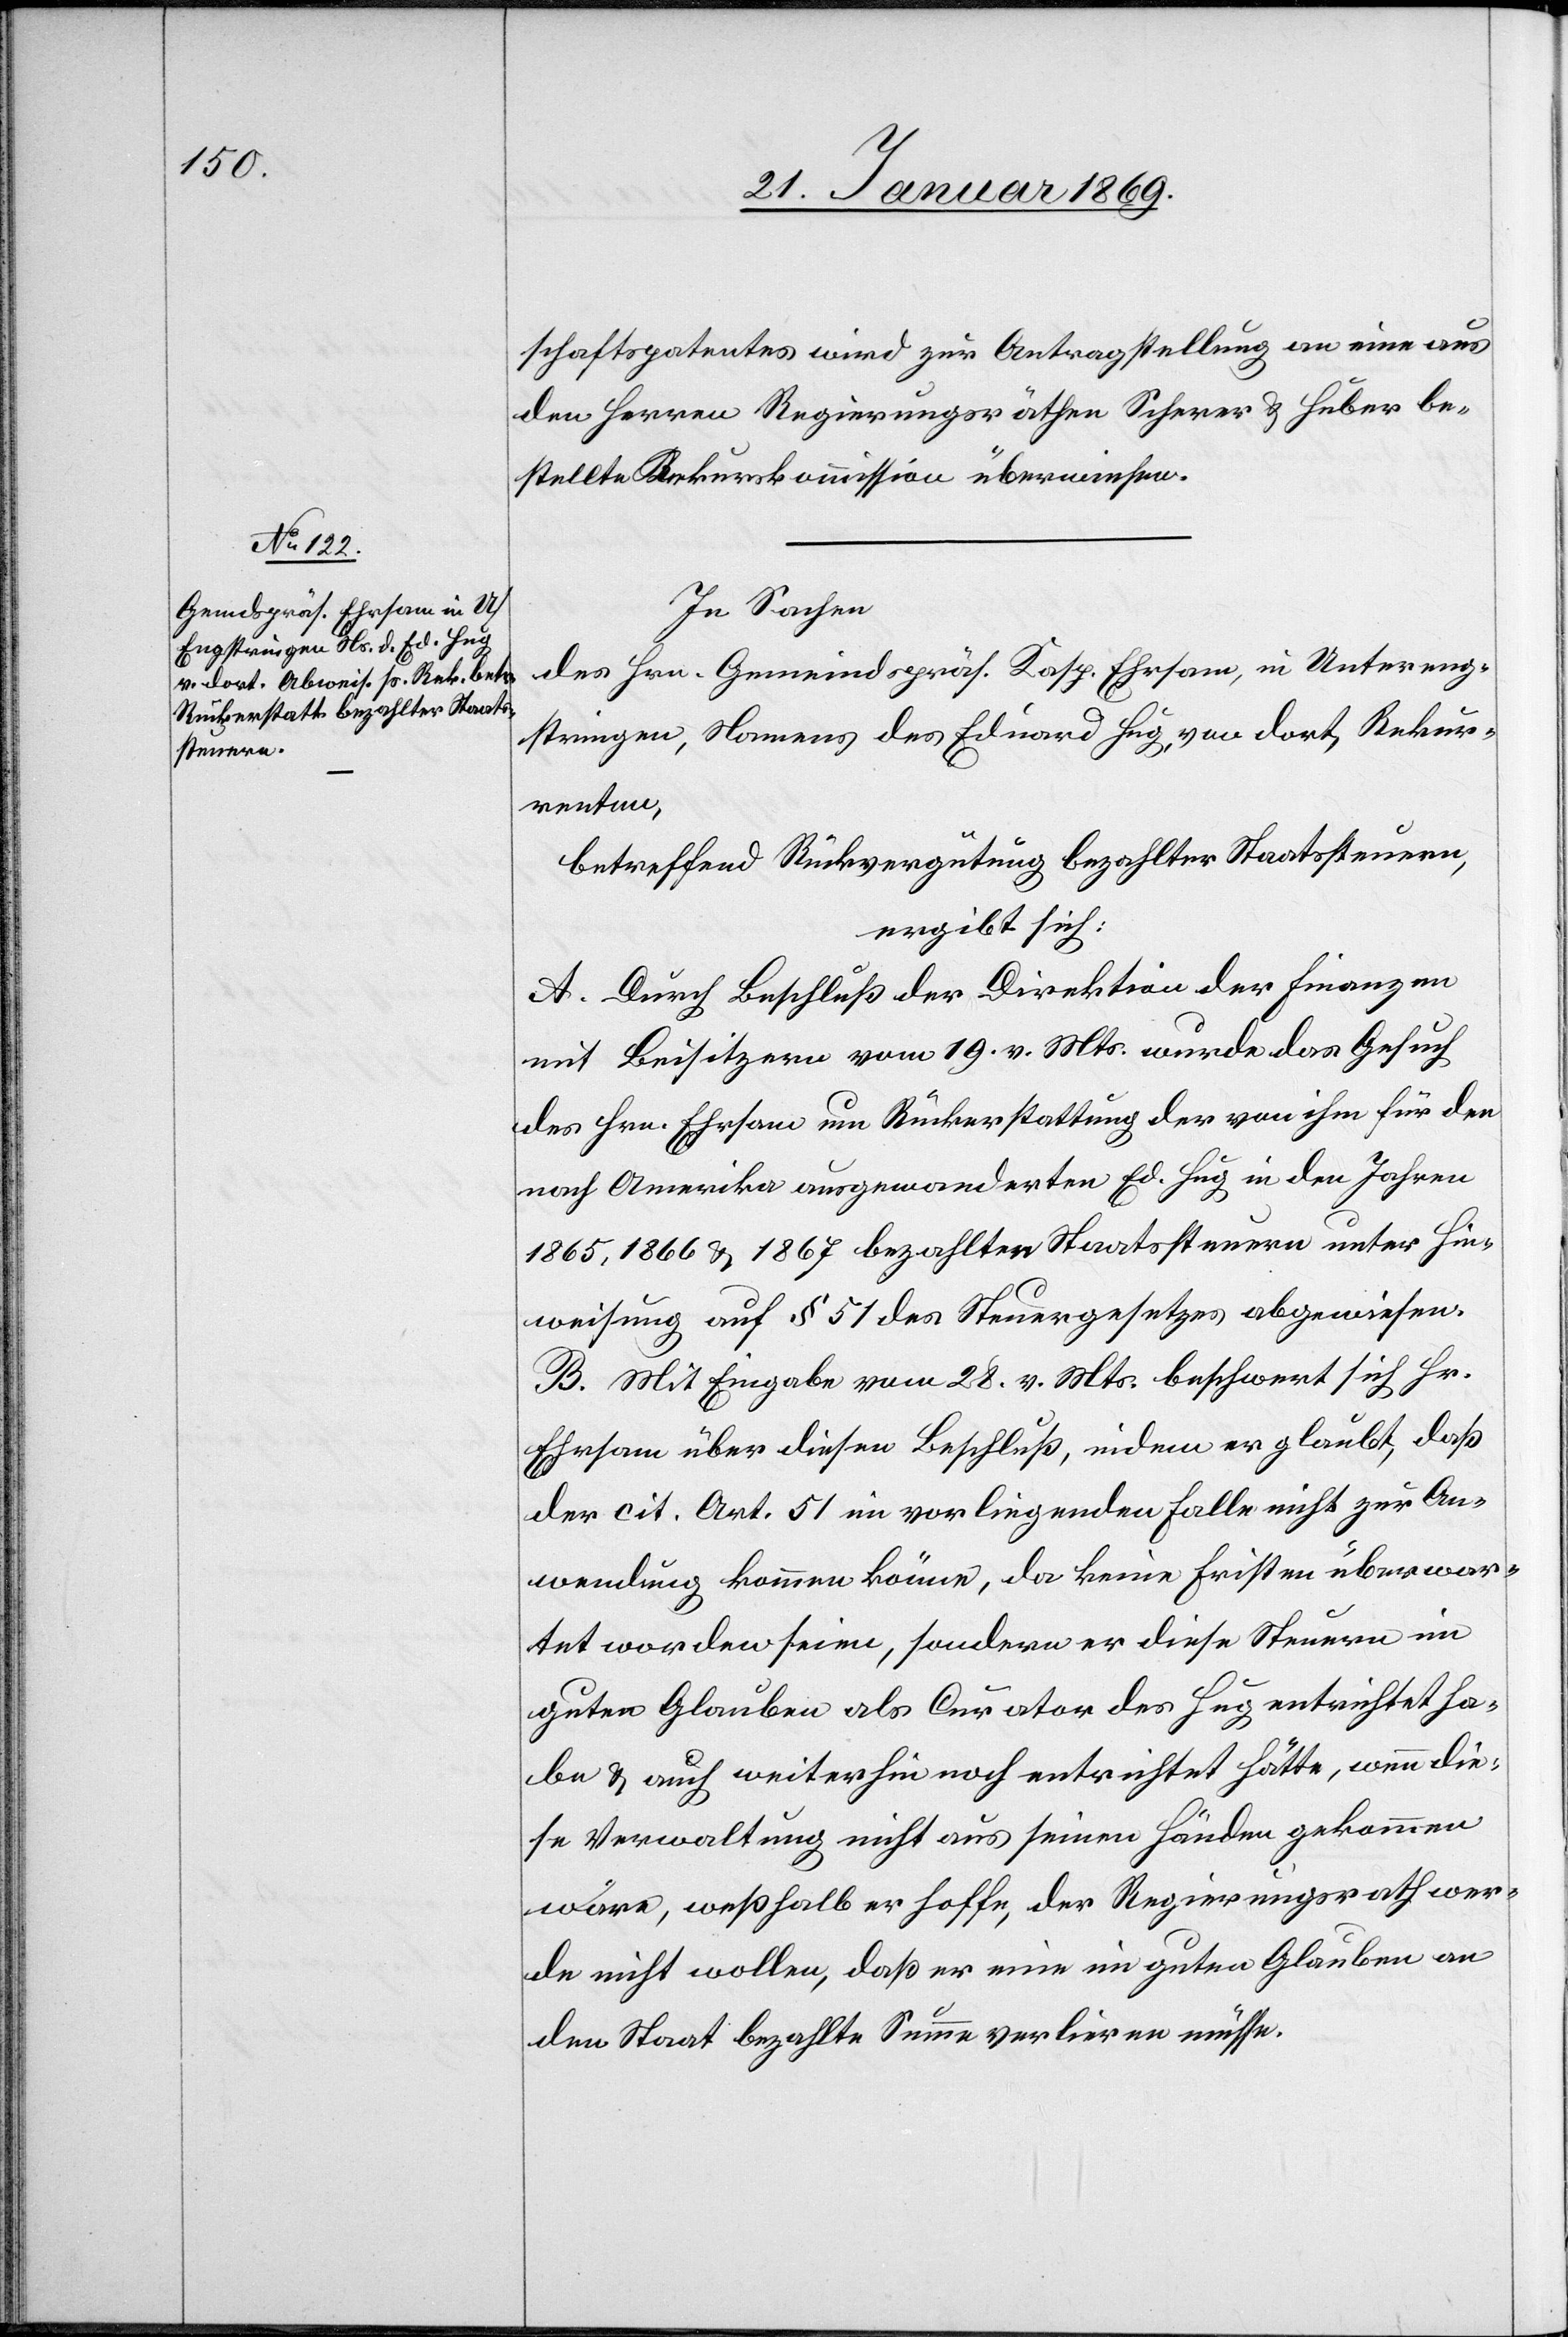
schaftspatentes wird zur Antragstellung an eine aus
den Herren Regierungsräthen Scherer & Huber be¬
stellte Rekurskommission überwiesen.
In Sachen
des Hrn. Gemeindspräs. Kaps. Ehrsam, in Untereng¬
stringen, Namens des Eduard Hug, von dort. Rekur¬
renten,
betreffend Rückvergütung bezahlter Staatssteuern,
ergibt sich:
A. Durch Beschluß der Direktion der Finanzen
mit Beisitzern vom 19. v. Mts. wurde das Gesuch
des Hrn. Ehrsam um Rückerstattung der von ihm für den
nach Amerika ausgewanderten Ed. Hug in den Jahren
B. Mit Eingabe vom 28. v. Mts. beschwert sich Hr.
Ehrsam über diesen Beschluß, indem er glaubt, daß
der cit. Art. 51 im vorliegenden Falle nicht zur An¬
wendung kommen könne, da keine Fristen überwar¬
tet worden seien, sondern er diese Steuern im
guten Glauben als Curator des Hug entrichtet ha¬
be & auch weiterhin noch entrichtet hätte, wenn die¬
se Verwaltung nicht aus seinen Händen gekommen
wäre, weßhalb er hoffe, der Regierungsrath wer¬
de nicht wollen, daß er eine im guten Glauben an
den Staat bezahlte Summe verlieren müsse.